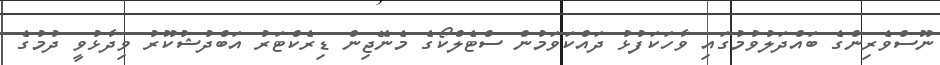
ނޫސްވެރިންގެ ބައްދަލުވުމުގައި ވާހަކަފުޅު ދައްކަވަމުން ސްޓެލްކޯގެ މެނޭޖިން ޑިރެކްޓަރު އަބްދުޝުކޫރު ވިދާޅުވީ ދުމުގެ